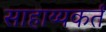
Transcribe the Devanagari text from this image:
साहाय्यकर्तं